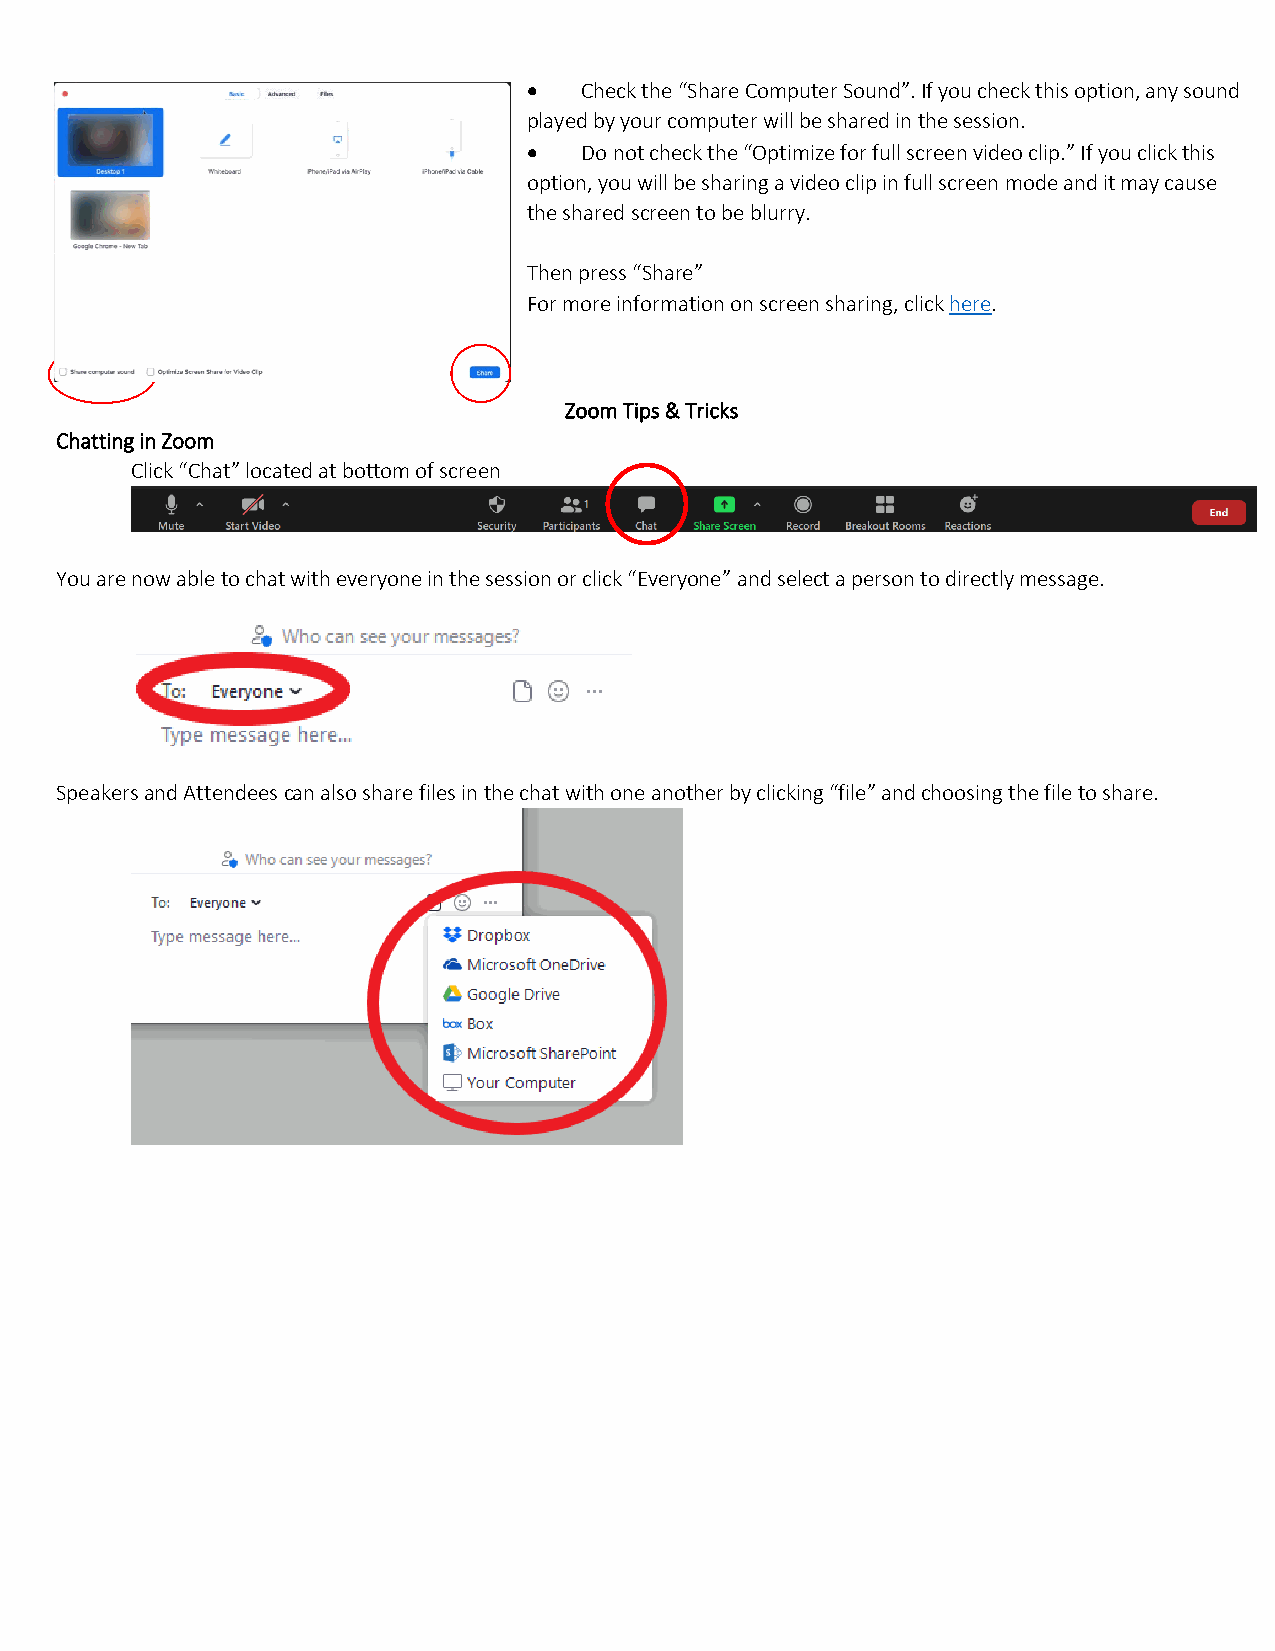
•  Check the “Share Computer Sound”. If you check this option, any sound
 played by your computer will be shared in the session.
 •  Do not check the “Optimize for full screen video clip.” If you click this
 option, you will be sharing a video clip in full screen mode and it may cause
 the shared screen to be blurry.
 Then press “Share”
 For more information on screen sharing, click here.
 Zoom Tips & Tricks
 Chatting in Zoom
 Click “Chat” located at bottom of screen
 You are now able to chat with everyone in the session or click “Everyone” and select a person to directly message.
 Speakers and Attendees can also share files in the chat with one another by clicking “file” and choosing the file to share.